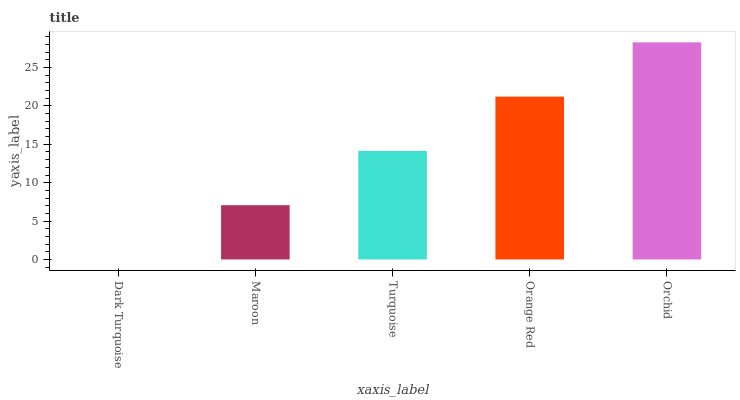
| xaxis_label | bars |
 | --- | --- |
 | Dark Turquoise | 0 |
 | Maroon | 7.07 |
 | Turquoise | 14.1 |
 | Orange Red | 21.2 |
 | Orchid | 28.3 |